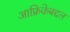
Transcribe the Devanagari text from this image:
आफ्रिकेबद्दल